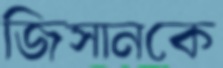
জিসানকে